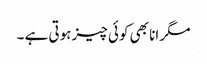
مگر انا بھی کوئی چیز ہوتی ہے ۔